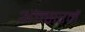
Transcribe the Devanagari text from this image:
अल्सरमें